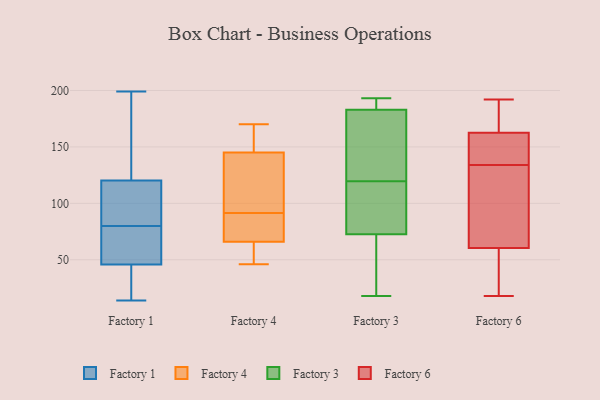
{"axis": {"x": "LTV (USD)", "y": "Value"}, "legend": ["Factory 1", "Factory 3", "Factory 4", "Factory 6"], "data": [{"x": "", "y": 48, "type": "Factory 1"}, {"x": "", "y": 58, "type": "Factory 1"}, {"x": "", "y": 45, "type": "Factory 1"}, {"x": "", "y": 148, "type": "Factory 1"}, {"x": "", "y": 118, "type": "Factory 1"}, {"x": "", "y": 80, "type": "Factory 1"}, {"x": "", "y": 63, "type": "Factory 1"}, {"x": "", "y": 14, "type": "Factory 1"}, {"x": "", "y": 27, "type": "Factory 1"}, {"x": "", "y": 104, "type": "Factory 1"}, {"x": "", "y": 121, "type": "Factory 1"}, {"x": "", "y": 14, "type": "Factory 1"}, {"x": "", "y": 199, "type": "Factory 1"}, {"x": "", "y": 88, "type": "Factory 1"}, {"x": "", "y": 194, "type": "Factory 1"}, {"x": "", "y": 97, "type": "Factory 4"}, {"x": "", "y": 164, "type": "Factory 4"}, {"x": "", "y": 87, "type": "Factory 4"}, {"x": "", "y": 47, "type": "Factory 4"}, {"x": "", "y": 66, "type": "Factory 4"}, {"x": "", "y": 96, "type": "Factory 4"}, {"x": "", "y": 166, "type": "Factory 4"}, {"x": "", "y": 46, "type": "Factory 4"}, {"x": "", "y": 145, "type": "Factory 4"}, {"x": "", "y": 75, "type": "Factory 4"}, {"x": "", "y": 74, "type": "Factory 4"}, {"x": "", "y": 52, "type": "Factory 4"}, {"x": "", "y": 138, "type": "Factory 4"}, {"x": "", "y": 170, "type": "Factory 4"}, {"x": "", "y": 81, "type": "Factory 3"}, {"x": "", "y": 24, "type": "Factory 3"}, {"x": "", "y": 180, "type": "Factory 3"}, {"x": "", "y": 134, "type": "Factory 3"}, {"x": "", "y": 92, "type": "Factory 3"}, {"x": "", "y": 18, "type": "Factory 3"}, {"x": "", "y": 193, "type": "Factory 3"}, {"x": "", "y": 192, "type": "Factory 3"}, {"x": "", "y": 105, "type": "Factory 3"}, {"x": "", "y": 186, "type": "Factory 3"}, {"x": "", "y": 160, "type": "Factory 3"}, {"x": "", "y": 64, "type": "Factory 3"}, {"x": "", "y": 109, "type": "Factory 6"}, {"x": "", "y": 71, "type": "Factory 6"}, {"x": "", "y": 173, "type": "Factory 6"}, {"x": "", "y": 18, "type": "Factory 6"}, {"x": "", "y": 179, "type": "Factory 6"}, {"x": "", "y": 125, "type": "Factory 6"}, {"x": "", "y": 155, "type": "Factory 6"}, {"x": "", "y": 181, "type": "Factory 6"}, {"x": "", "y": 55, "type": "Factory 6"}, {"x": "", "y": 136, "type": "Factory 6"}, {"x": "", "y": 134, "type": "Factory 6"}, {"x": "", "y": 150, "type": "Factory 6"}, {"x": "", "y": 26, "type": "Factory 6"}, {"x": "", "y": 161, "type": "Factory 6"}, {"x": "", "y": 57, "type": "Factory 6"}, {"x": "", "y": 29, "type": "Factory 6"}, {"x": "", "y": 75, "type": "Factory 6"}, {"x": "", "y": 163, "type": "Factory 6"}, {"x": "", "y": 192, "type": "Factory 6"}]}